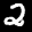
Label: 2